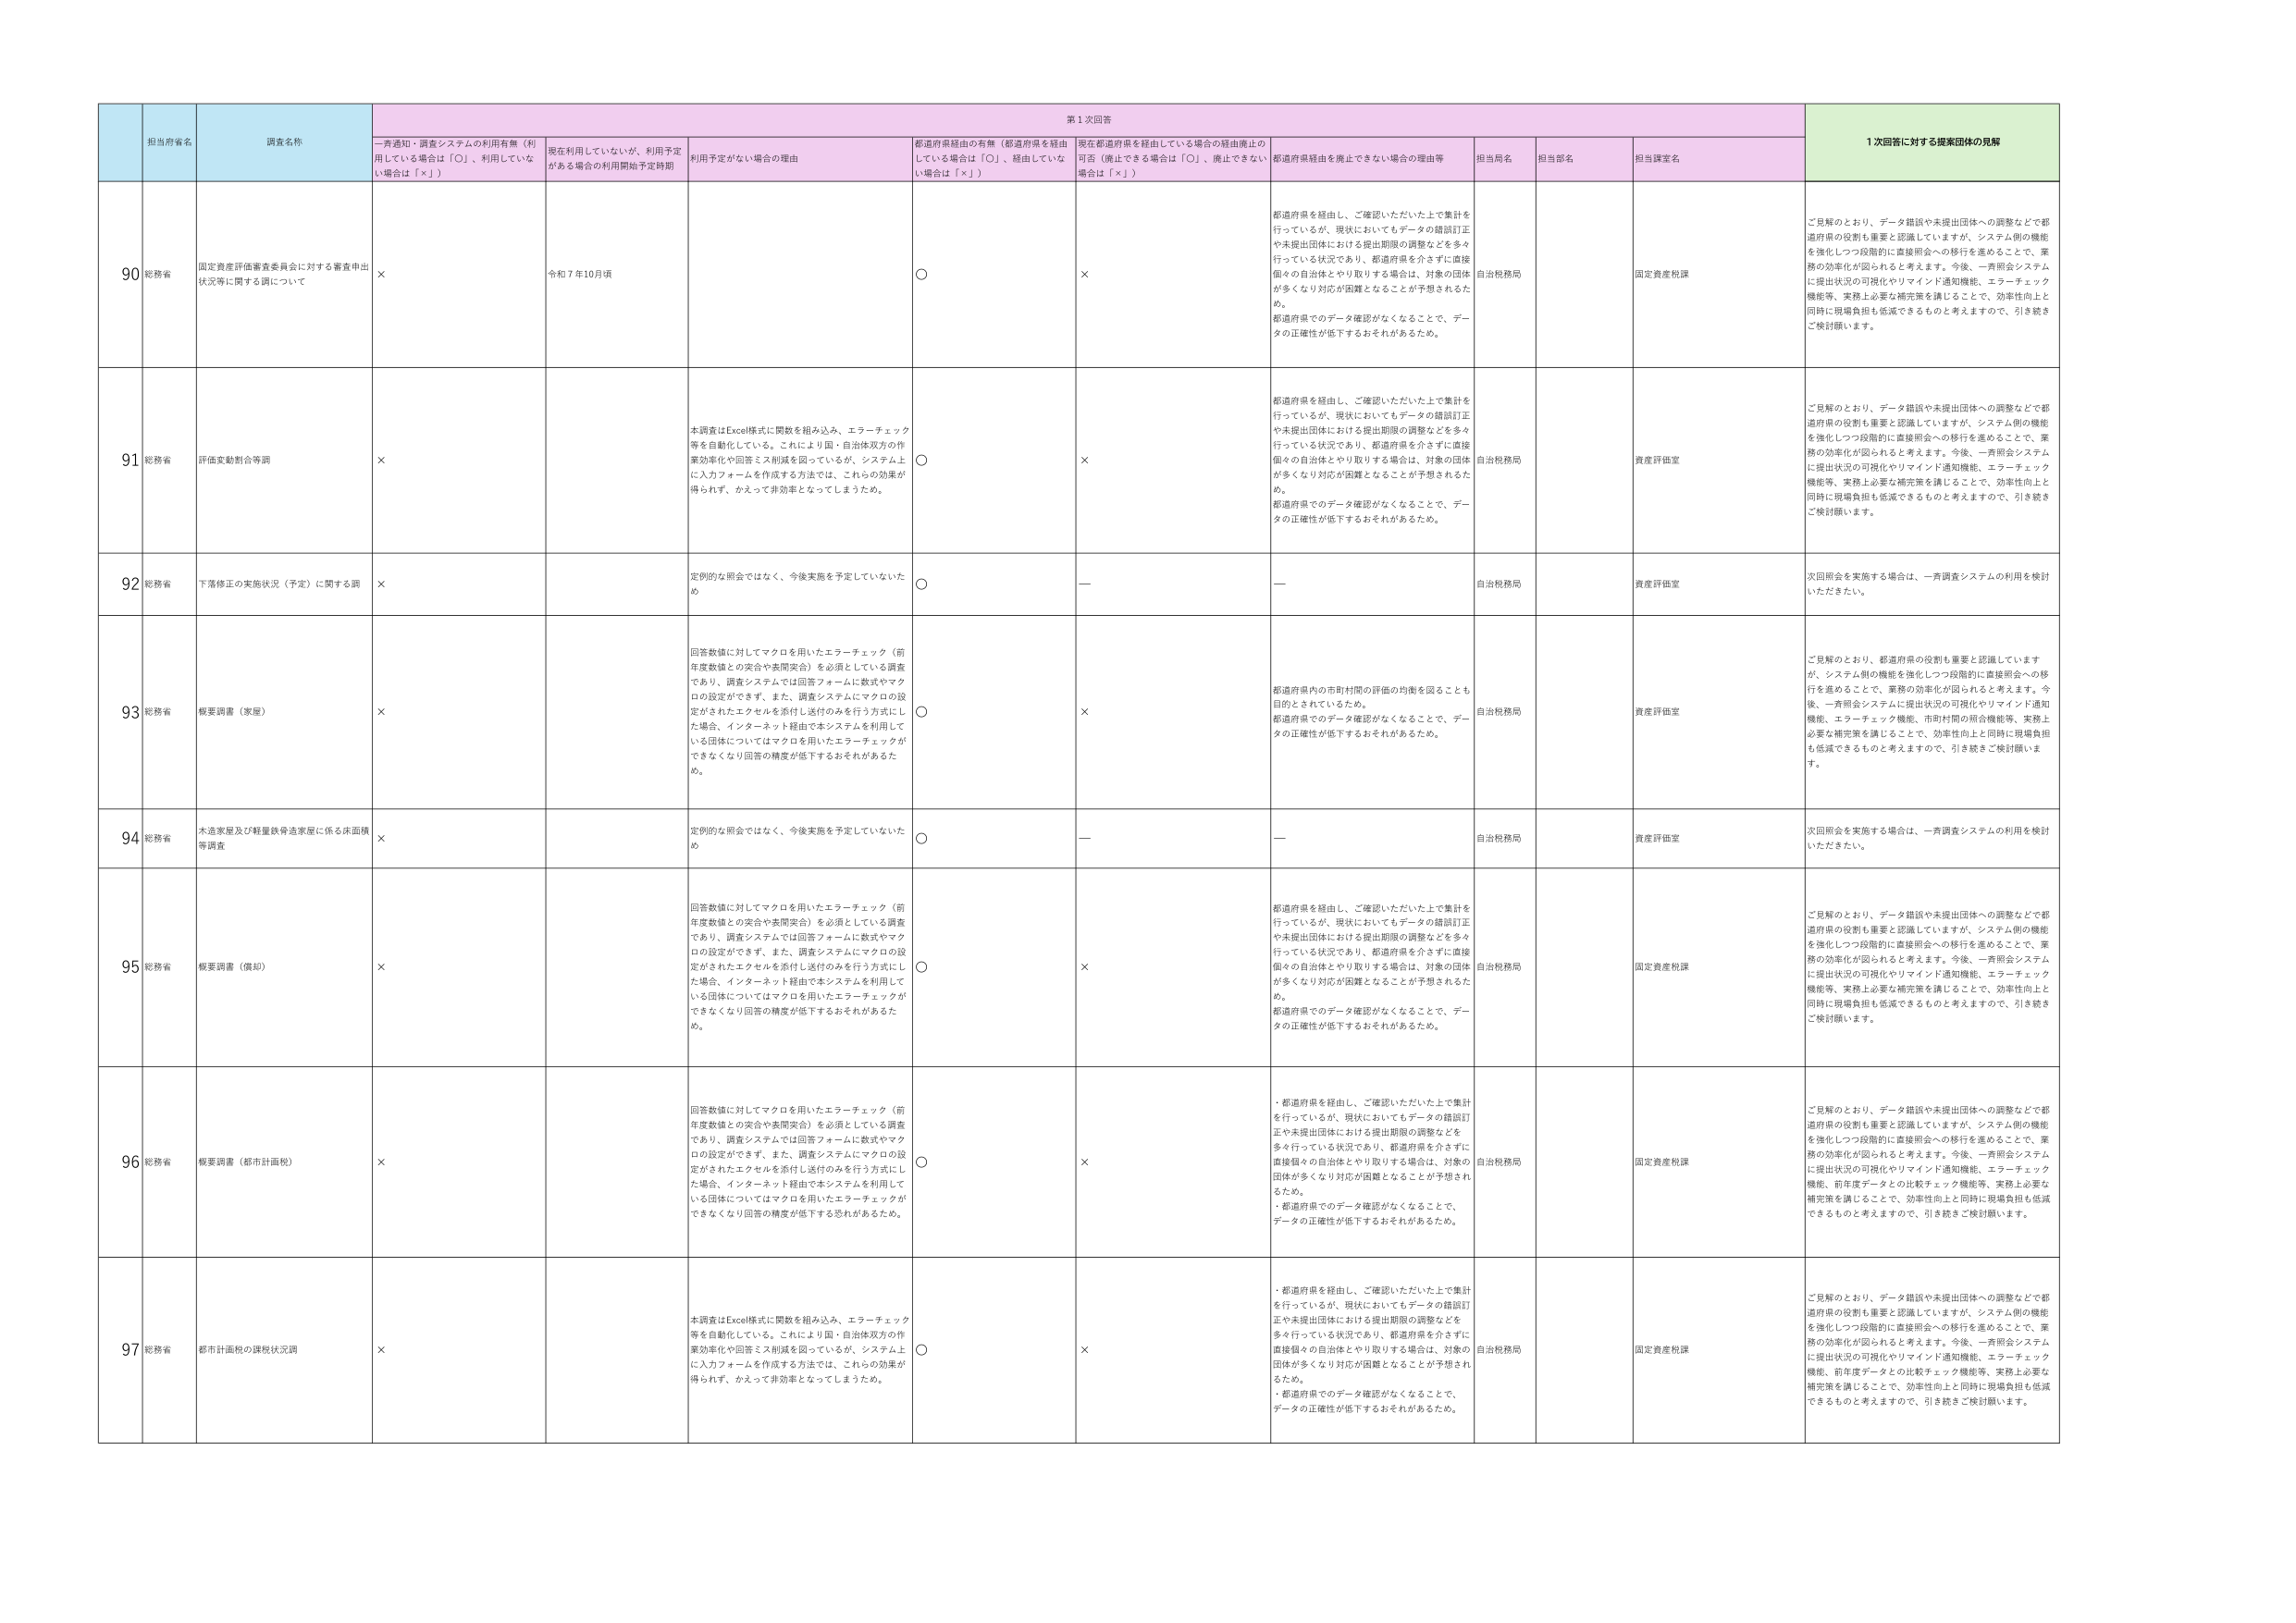
第1次回答
1次回答に対する提案団体の見解

担当府省名
調査名称
一斉通知・調査システムの利用有無（利用している場合は「○」、利用していない場合は「×」）
現在利用していないが、利用予定がある場合の利用開始予定時期
利用予定がない場合の理由
都道府県経由の有無（都道府県を経由している場合は「○」、経由していない場合は「×」）
現在都道府県を経由している場合の経由廃止の可否（廃止できる場合は「○」、廃止できない場合は「×」）
都道府県経由を廃止できない場合の理由等
担当局名
担当部名
担当課室名

90 総務省
固定資産評価審査委員会に対する審査申出状況等に関する調について
×
令和7年10月頃
○
×
都道府県を経由し、ご確認いただいた上で集計を行っているが、現状においてもデータの錯誤訂正や未提出団体における提出期限の調整などを多く行っている状況であり、都道府県を介さずに直接個々の自治体とやり取りする場合は、対象の団体が多くなり対応が困難となることが予想されるため。
都道府県でのデータ確認がなくなることで、データの正確性が低下するおそれがあるため。
自治税務局
固定資産税課
ご見解のとおり、データ錯誤や未提出団体への調整などで都道府県の役割も重要と認識していますが、システム側の機能を強化しつつ段階的に直接照会への移行を進めることで、業務の効率化が図られると考えます。今後、一斉照会システムに提出状況の可視化やリマインド通知機能、エラーチェック機能等、実務上必要な補完策を講じることで、効率性向上と同時に現場負担も低減できるものと考えますので、引き続きご検討願います。

91 総務省
評価変動割合等調
×
本調査はExcel様式に関数を組み込み、エラーチェック等を自動化している。これにより国・自治体双方の作業効率化や回答ミス削減を図っているが、システム上に入力フォームを作成する方法では、これらの効果が得られず、かえって非効率となってしまうため。
○
×
都道府県を経由し、ご確認いただいた上で集計を行っているが、現状においてもデータの錯誤訂正や未提出団体における提出期限の調整などを多く行っている状況であり、都道府県を介さずに直接個々の自治体とやり取りする場合は、対象の団体が多くなり対応が困難となることが予想されるため。
都道府県でのデータ確認がなくなることで、データの正確性が低下するおそれがあるため。
自治税務局
資産評価室
ご見解のとおり、データ錯誤や未提出団体への調整などで都道府県の役割も重要と認識していますが、システム側の機能を強化しつつ段階的に直接照会への移行を進めることで、業務の効率化が図られると考えます。今後、一斉照会システムに提出状況の可視化やリマインド通知機能、エラーチェック機能等、実務上必要な補完策を講じることで、効率性向上と同時に現場負担も低減できるものと考えますので、引き続きご検討願います。

92 総務省
下落修正の実施状況（予定）に関する調
×
定例的な照会ではなく、今後実施を予定していないため
○
—
—
自治税務局
資産評価室
次回照会を実施する場合は、一斉調査システムの利用を検討いただきたい。

93 総務省
概要調査（家屋）
×
回答数値に対してマクロを用いたエラーチェック（前年度数値との突合や表間突合）を必須としている調査であり、調査システムでは回答フォームに数式やマクロの設定ができず、また、調査システムにマクロの設定がされたエクセルを添付し送付のみを行う方式にした場合、インターネット経由で本システムを利用している団体についてはマクロを用いたエラーチェックができなくなり回答の精度が低下するおそれがあるため。
○
×
都道府県内の市町村間の評価の均衡を図ることも目的とされているため。
都道府県でのデータ確認がなくなることで、データの正確性が低下するおそれがあるため。
自治税務局
資産評価室
ご見解のとおり、都道府県の役割も重要と認識していますが、システム側の機能を強化しつつ段階的に直接照会への移行を進めることで、業務の効率化が図られると考えます。今後、一斉照会システムに提出状況の可視化やリマインド通知機能、エラーチェック機能、市町村間の照合機能等、実務上必要な補完策を講じることで、効率性向上と同時に現場負担も低減できるものと考えますので、引き続きご検討願います。

94 総務省
木造家屋及び軽量鉄骨造家屋に係る床面積等調査
×
定例的な照会ではなく、今後実施を予定していないため
○
—
—
自治税務局
資産評価室
次回照会を実施する場合は、一斉調査システムの利用を検討いただきたい。

95 総務省
概要調査（償却）
×
回答数値に対してマクロを用いたエラーチェック（前年度数値との突合や表間突合）を必須としている調査であり、調査システムでは回答フォームに数式やマクロの設定ができず、また、調査システムにマクロの設定がされたエクセルを添付し送付のみを行う方式にした場合、インターネット経由で本システムを利用している団体についてはマクロを用いたエラーチェックができなくなり回答の精度が低下するおそれがあるため。
○
×
都道府県を経由し、ご確認いただいた上で集計を行っているが、現状においてもデータの錯誤訂正や未提出団体における提出期限の調整などを多く行っている状況であり、都道府県を介さずに直接個々の自治体とやり取りする場合は、対象の団体が多くなり対応が困難となることが予想されるため。
都道府県でのデータ確認がなくなることで、データの正確性が低下するおそれがあるため。
自治税務局
固定資産税課
ご見解のとおり、データ錯誤や未提出団体への調整などで都道府県の役割も重要と認識していますが、システム側の機能を強化しつつ段階的に直接照会への移行を進めることで、業務の効率化が図られると考えます。今後、一斉照会システムに提出状況の可視化やリマインド通知機能、エラーチェック機能等、実務上必要な補完策を講じることで、効率性向上と同時に現場負担も低減できるものと考えますので、引き続きご検討願います。

96 総務省
概要調査（都市計画税）
×
回答数値に対してマクロを用いたエラーチェック（前年度数値との突合や表間突合）を必須としている調査であり、調査システムでは回答フォームに数式やマクロの設定ができず、また、調査システムにマクロの設定がされたエクセルを添付し送付のみを行う方式にした場合、インターネット経由で本システムを利用している団体についてはマクロを用いたエラーチェックができなくなり回答の精度が低下するおそれがあるため。
○
×
・都道府県を経由し、ご確認いただいた上で集計を行っているが、現状においてもデータの錯誤訂正や未提出団体における提出期限の調整などを多く行っている状況であり、都道府県を介さずに直接個々の自治体とやり取りする場合は、対象の団体が多くなり対応が困難となることが予想されるため。
・都道府県でのデータ確認がなくなることで、データの正確性が低下するおそれがあるため。
自治税務局
固定資産税課
ご見解のとおり、データ錯誤や未提出団体への調整などで都道府県の役割も重要と認識していますが、システム側の機能を強化しつつ段階的に直接照会への移行を進めることで、業務の効率化が図られると考えます。今後、一斉照会システムに提出状況の可視化やリマインド通知機能、エラーチェック機能、前年度データとの比較チェック機能等、実務上必要な補完策を講じることで、効率性向上と同時に現場負担も低減できるものと考えますので、引き続きご検討願います。

97 総務省
都市計画税の課税状況調
×
本調査はExcel様式に関数を組み込み、エラーチェック等を自動化している。これにより国・自治体双方の作業効率化や回答ミス削減を図っているが、システム上に入力フォームを作成する方法では、これらの効果が得られず、かえって非効率となってしまうため。
○
×
・都道府県を経由し、ご確認いただいた上で集計を行っているが、現状においてもデータの錯誤訂正や未提出団体における提出期限の調整などを多く行っている状況であり、都道府県を介さずに直接個々の自治体とやり取りする場合は、対象の団体が多くなり対応が困難となることが予想されるため。
・都道府県でのデータ確認がなくなることで、データの正確性が低下するおそれがあるため。
自治税務局
固定資産税課
ご見解のとおり、データ錯誤や未提出団体への調整などで都道府県の役割も重要と認識していますが、システム側の機能を強化しつつ段階的に直接照会への移行を進めることで、業務の効率化が図られると考えます。今後、一斉照会システムに提出状況の可視化やリマインド通知機能、エラーチェック機能、前年度データとの比較チェック機能等、実務上必要な補完策を講じることで、効率性向上と同時に現場負担も低減できるものと考えますので、引き続きご検討願います。